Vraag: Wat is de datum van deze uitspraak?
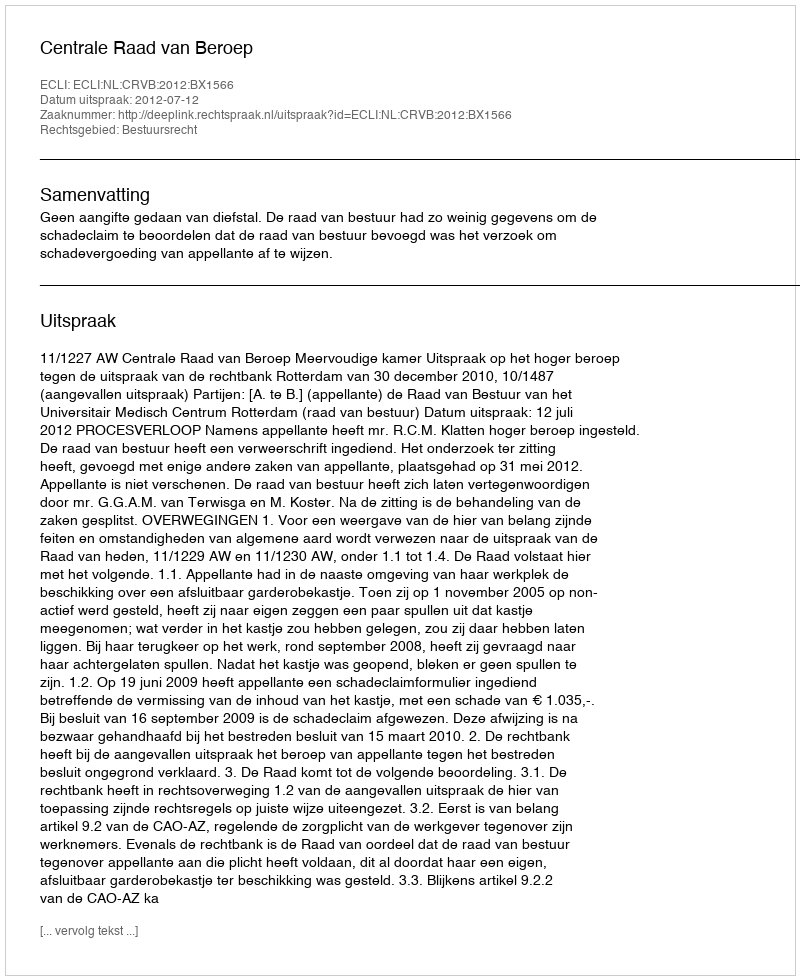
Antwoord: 2012-07-12